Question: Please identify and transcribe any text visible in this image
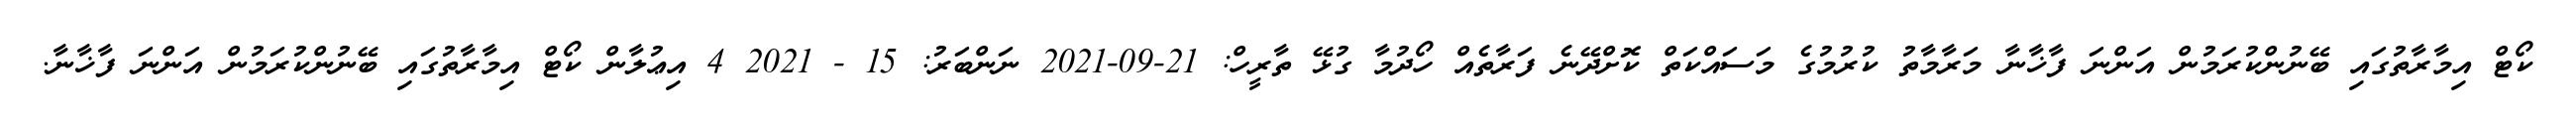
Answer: ކޯޓް އިމާރާތުގައި ބޭނުންކުރަމުން އަންނަ ފާޚާނާ މަރާމާތު ކުރުމުގެ މަސައްކަތް ކޮށްދޭނެ ފަރާތެއް ހޯދުމާ ގުޅޭ ތާރީހް: 21-09-2021 ނަންބަރު: 15 - 2021 4 އިޢުލާން ކޯޓް އިމާރާތުގައި ބޭނުންކުރަމުން އަންނަ ފާޚާނާ.